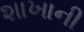
શાખાની